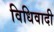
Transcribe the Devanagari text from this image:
विधिवादी